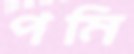
পমি